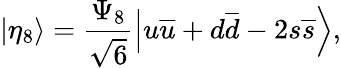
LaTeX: \left|\eta_{8}\right\rangle=\frac{\Psi_{8}}{\sqrt{6}}\left|u\overline{{{u}}}+d\overline{{{d}}}-2s\overline{{{s}}}\right\rangle,